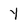
Character: Y